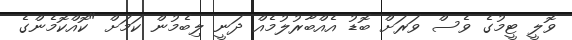
ވޮލީ ޓީމުގެ ވެސް ވަރަށް ބޮޑު އެއްބާރުލުމެެއް ދަނީ ލިބެމުން ކަމަށް "ކޮއްކޮމެންގެ